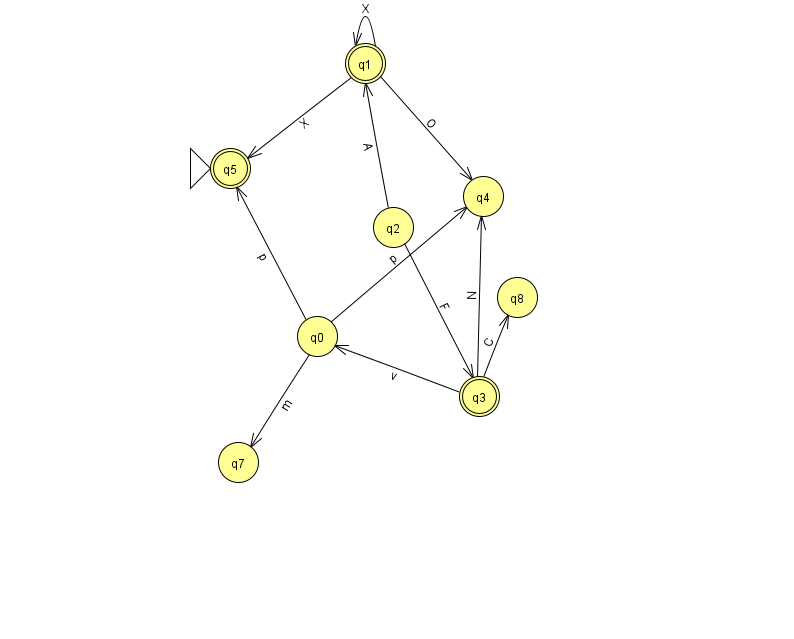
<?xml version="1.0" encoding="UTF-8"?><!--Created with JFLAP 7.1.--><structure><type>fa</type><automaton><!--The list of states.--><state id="0" name="q0"><x>317.0</x><y>323.0</y></state><state id="1" name="q1"><x>365.0</x><y>50.0</y><final/></state><state id="2" name="q2"><x>393.0</x><y>214.0</y></state><state id="3" name="q3"><x>479.0</x><y>383.0</y><final/></state><state id="4" name="q4"><x>483.0</x><y>183.0</y></state><state id="5" name="q5"><x>230.0</x><y>155.0</y><initial/><final/></state><state id="7" name="q7"><x>238.0</x><y>449.0</y></state><state id="8" name="q8"><x>517.0</x><y>284.0</y></state><!--The list of transitions.--><transition><from>0</from><to>7</to><read>m</read></transition><transition><from>0</from><to>5</to><read>p</read></transition><transition><from>1</from><to>5</to><read>X</read></transition><transition><from>1</from><to>1</to><read>X</read></transition><transition><from>3</from><to>4</to><read>N</read></transition><transition><from>2</from><to>1</to><read>A</read></transition><transition><from>1</from><to>4</to><read>O</read></transition><transition><from>0</from><to>4</to><read>p</read></transition><transition><from>2</from><to>3</to><read>F</read></transition><transition><from>3</from><to>8</to><read>C</read></transition><transition><from>3</from><to>0</to><read>v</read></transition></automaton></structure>